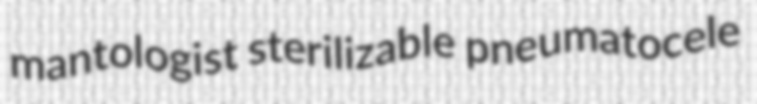
mantologist sterilizable pneumatocele